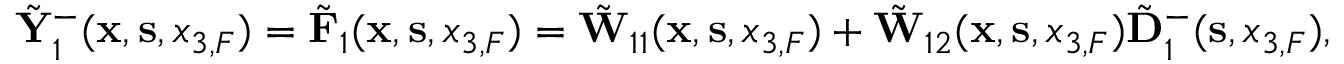
\begin{array} { r } { \tilde { \bf Y } _ { 1 } ^ { - } ( { { \bf x } } , { { \bf s } } , { x _ { 3 , F } } ) = \tilde { \bf F } _ { 1 } ( { { \bf x } } , { { \bf s } } , { x _ { 3 , F } } ) = \tilde { \bf W } _ { 1 1 } ( { { \bf x } } , { { \bf s } } , { x _ { 3 , F } } ) + \tilde { \bf W } _ { 1 2 } ( { { \bf x } } , { { \bf s } } , { x _ { 3 , F } } ) \tilde { \bf D } _ { 1 } ^ { - } ( { \bf s } , x _ { 3 , F } ) , } \end{array}